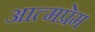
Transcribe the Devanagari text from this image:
आत्मप्रेम